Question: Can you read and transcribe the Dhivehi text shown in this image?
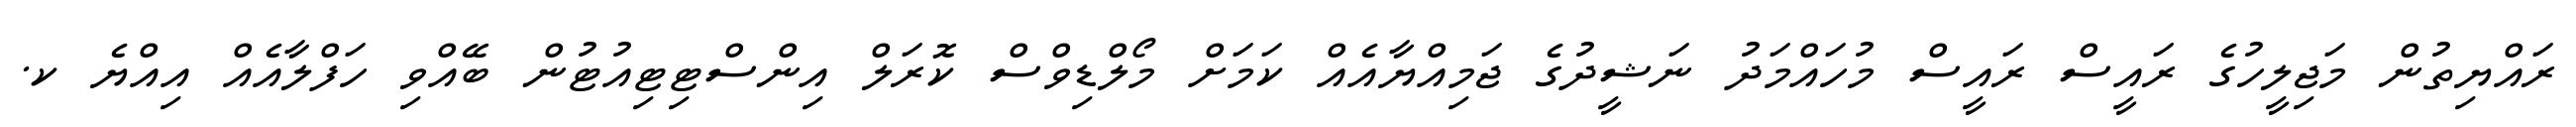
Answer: ރައްޔިތުން މަޖިލީހުގެ ރައީސް ރައީސް މުހައްމަދު ނަޝީދުގެ ޖަމިއްޔާއެއް ކަމަށް މޯލްޑިވްސް ކޮރަލް އިންސްޓިޓިއުޓުން ބޭއްވި ހަފްލާއެއް އިއްޔެ ކ.